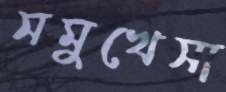
সমুখেসা